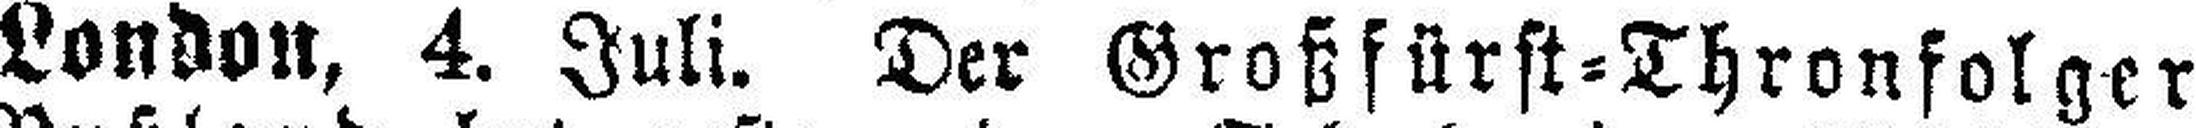
London, 4. Juli. Der Großfürst=Thronfolger